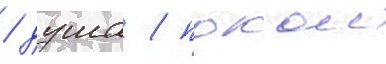
/ душа / покои